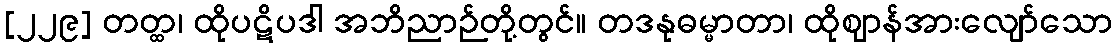
[၂၂၉] တတ္ထ၊ ထိုပဋိပဒါ အဘိညာဉ်တို့တွင်။ တဒနုဓမ္မာတာ၊ ထိုဈာန်အားလျော်သော